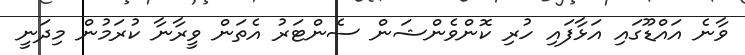
ވާނެ އައްޑޫގައި އަޅާފައި ހުރި ކޮންވެންޝަން ސެންޓަރު އެތަން ވީރާނާ ކުރަމުން މިދަނީ